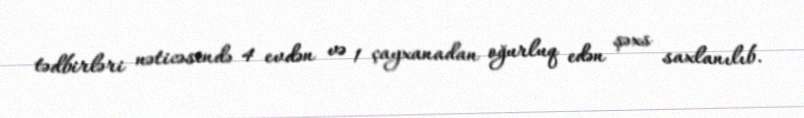
tədbirləri nəticəsində 4 evdən və 1 çayxanadan oğurluq edən şəxs saxlanılıb.